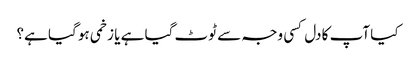
کیا آپ کا دل کسی وجہ سے ٹوٹ گیا ہے یا زخمی ہو گیا ہے؟